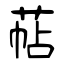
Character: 萜